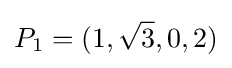
P_{1}=(1,{\sqrt {3}},0,2)